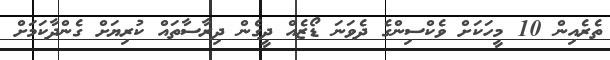
ތެރެއިން 10 މީހަކަށް ވެކްސިންގެ ދެވަނަ ޑޯޒެއް ދީގެން ދިރާސާތައް ކުރިޔަށް ގެންދާކަމަށް